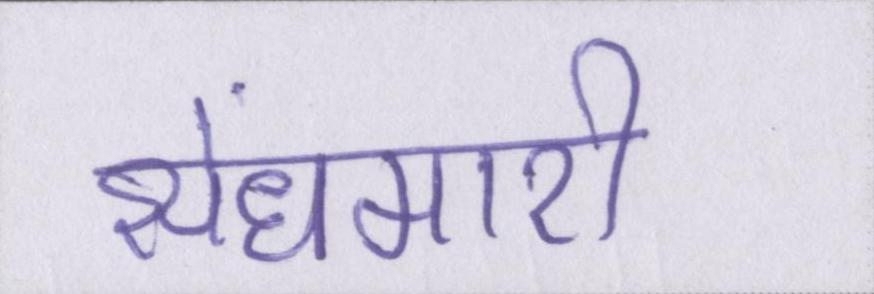
सेंधमारी